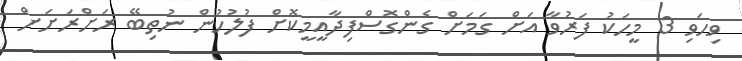
ވިހަވި 3 މީހަކު ފަރުވާ އަށްް ގަމަށް ގެންގޮސްފިދާއީމީކޮށް ފުލުހުން ނުތިބޭ ރަށްރަށަށް